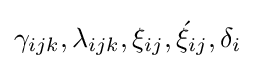
\gamma _{ijk},\lambda _{ijk},\xi _{ij},{\acute {\xi }}_{ij},\delta _{i}